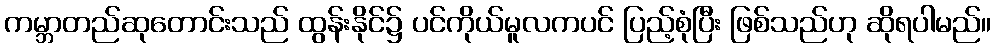
ကမ္ဘာတည်ဆုတောင်းသည် ထွန်းနိုင်၌ ပင်ကိုယ်မူလကပင် ပြည့်စုံပြီး ဖြစ်သည်ဟု ဆိုရပါမည်။